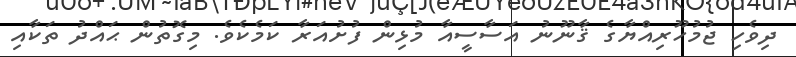
ދިވެހި ޖުމުހޫރިއްޔާގެ ޤާނޫނު އަސާސީއާ މުޅިން ފުށުއަރާ ކަމެކެވެ. މިގޮތުން ޙައްދު ތަކާއި